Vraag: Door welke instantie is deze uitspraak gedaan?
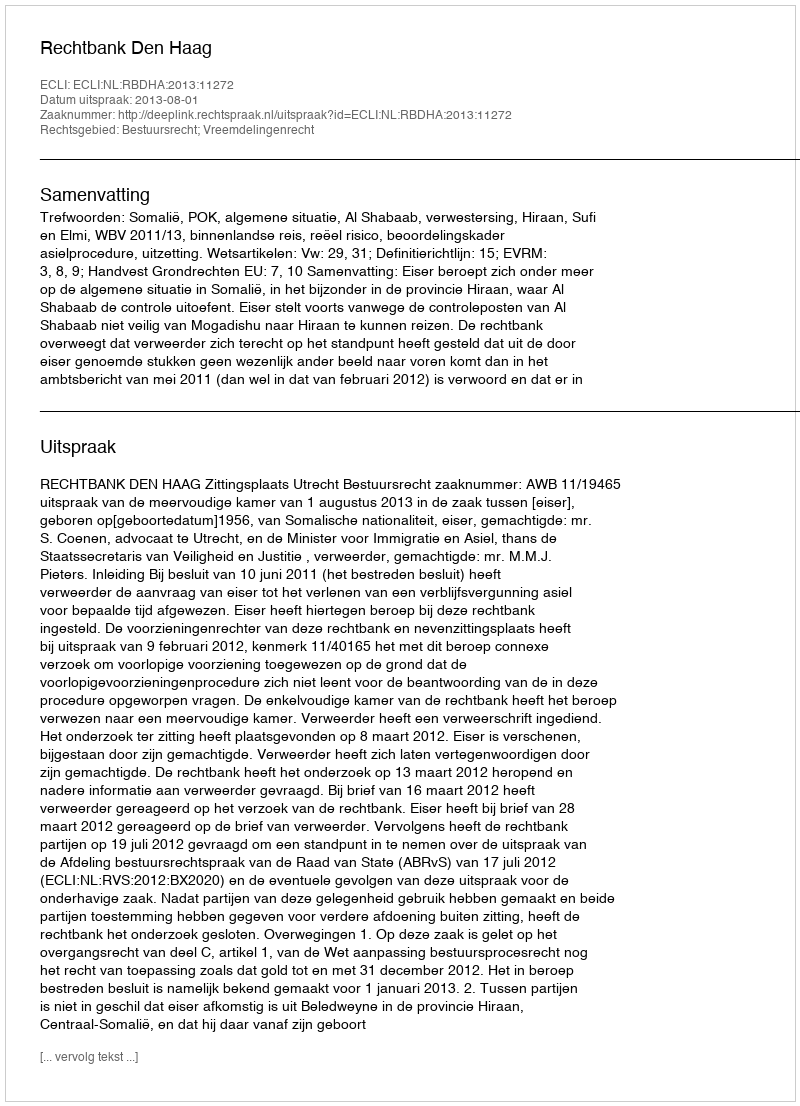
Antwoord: Rechtbank Den Haag